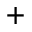
^ +